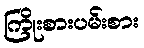
ကြိုးစားပမ်းစား